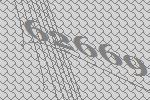
62669